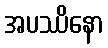
အပဿိနော